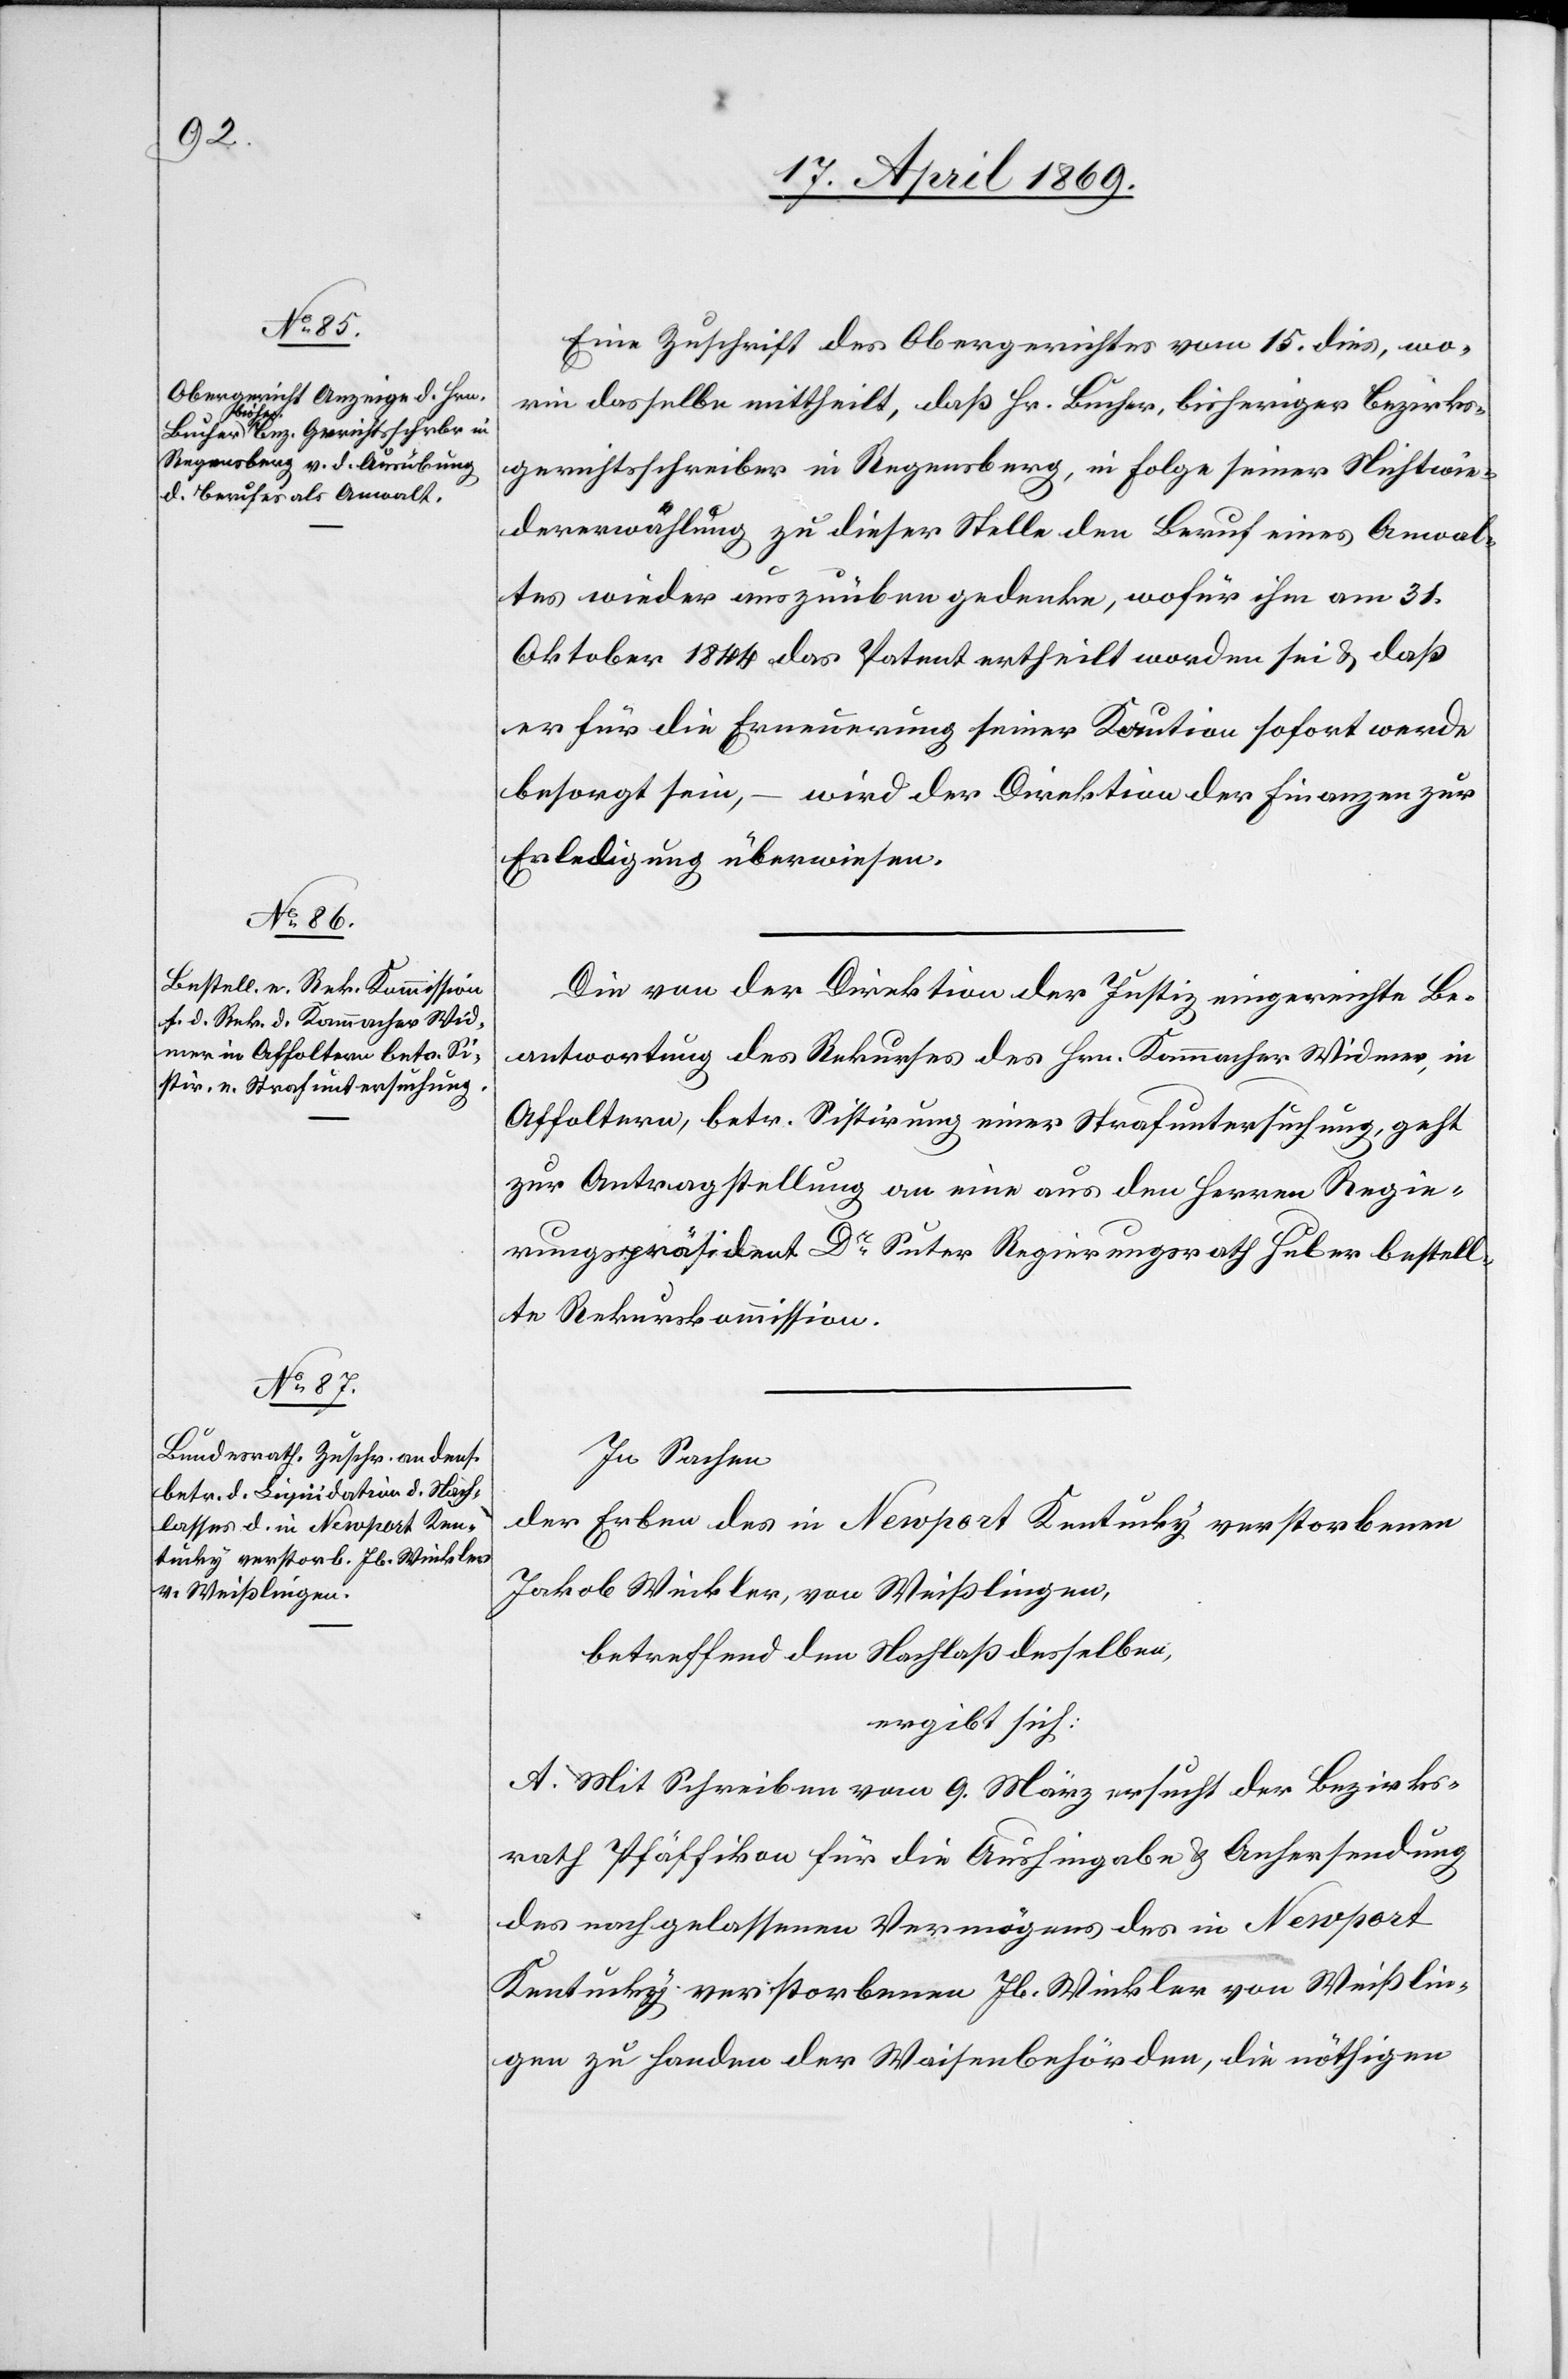
Eine Zuschrift des Obergerichtes vom 15. dies, wo¬
rin dasselbe mittheilt, daß Hr. Bucher, bisheriger Bezirks¬
gerichtsschreiber in Regenberg, in Folge seiner Nichtwie¬
derwählung zu dieser Stelle den Beruf eines Anwal¬
tes wieder auszuüben gedenke, wofür ihm am 31.
Oktober 1844 das Patent ertheilt worden sei u. daß
er für die Erneuerung seiner Kaution sofort werde
besorgt sein, – wird der Direktion der Finanzen zur
Erledigung überwiesen.
Die von der Direktion der Justiz eingereichte Be¬
antwortung des Rekurses des Hrn. Kammacher Widmer, in
Affoltern, betr. Sistirung einer Strafuntersuchung, geht
zur Antragstellung an eine aus den Herren Regie¬
rungspräsident Dr Suter Regierungsrath Huber bestell¬
te Rekurskommission.
In Sachen
der Erben des in Newport Kentucky verstorbenen
Jakob Winkler, von Weißlingen,
betreffend den Nachlaß desselben,
ergibt sich:
A. Mit Schreiben vom 9. März ersucht der Bezirks¬
rath Pfäffikon für die Aushingabe u. Anhersendung
des nachgelassenen Vermögens des in Newport
Kentucky verstorbenen Jb. Winkler von Weißlin¬
gen zu Handen der Waisenbehörden, die nöthigen